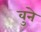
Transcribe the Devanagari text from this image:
वुने